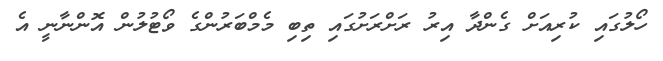
ހޯލުގައި ކުރިއަށް ގެންދާ އިރު ރަށްރަށުގައި ތިބި މެމްބަރުންގެ ވޯޓުލުން އޮންނާނީ އެ